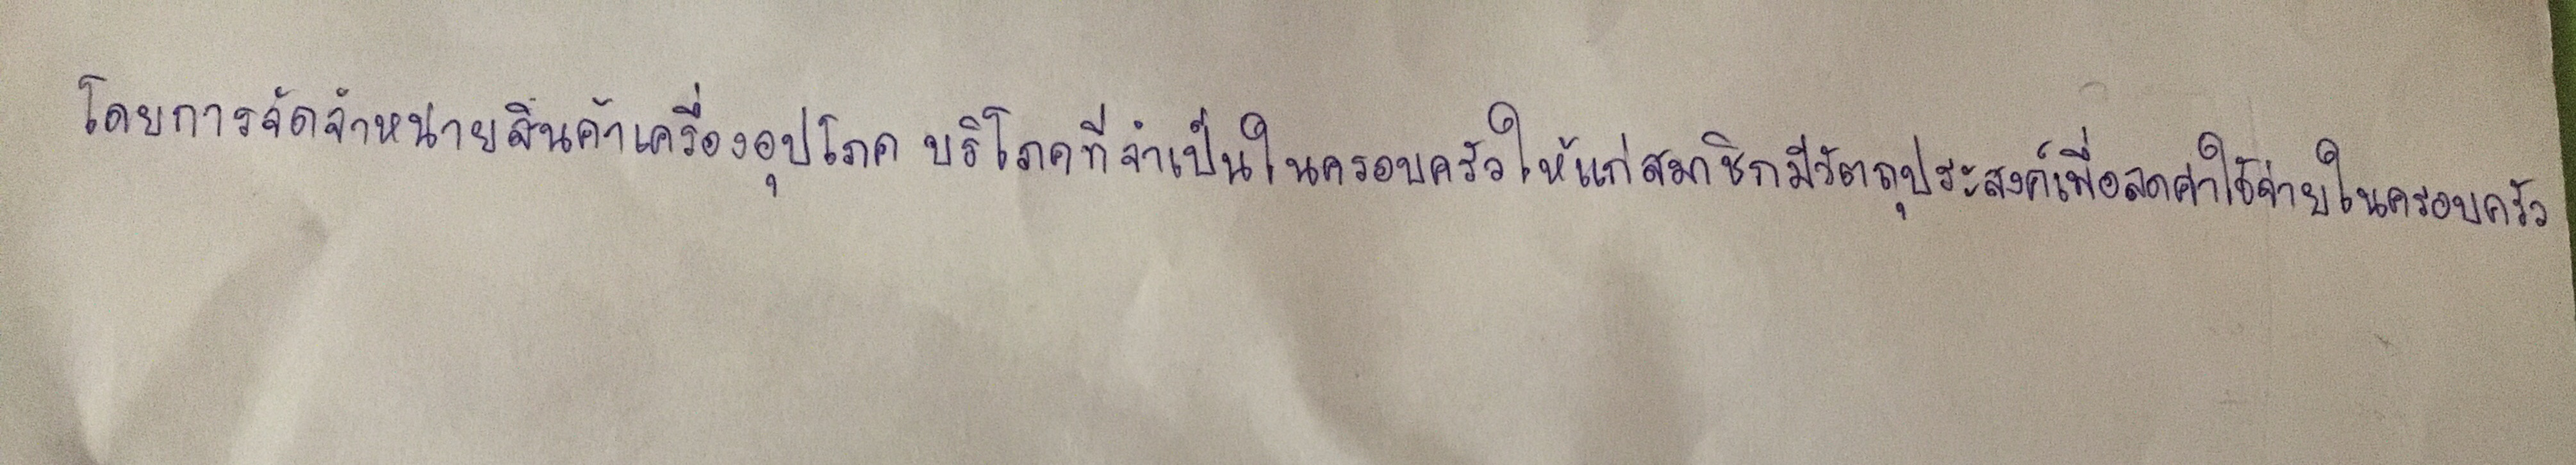
โดยการจัดจำหน่ายสินค้าเครื่องอุปโภคบริโภคที่จำเป็นในครอบครัวให้แก่สมาชิกมีวัตถุประสงค์เพื่อลดค่าใช้จ่ายในครอบครัว